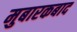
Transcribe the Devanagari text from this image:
मुबारकबाद